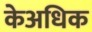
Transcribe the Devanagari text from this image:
केअधिक